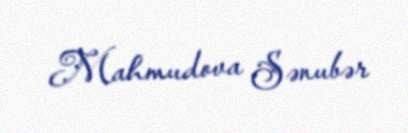
Mahmudova Sənubər